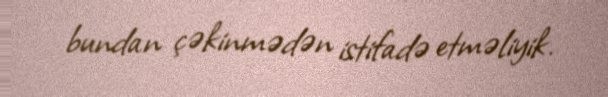
bundan çəkinmədən istifadə etməliyik.